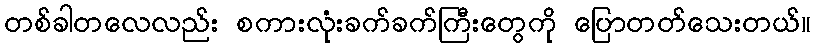
တစ်ခါတလေလည်း စကားလုံးခက်ခက်ကြီးတွေကို ပြောတတ်သေးတယ်။